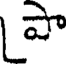
పా